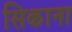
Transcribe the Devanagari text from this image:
सिकाना